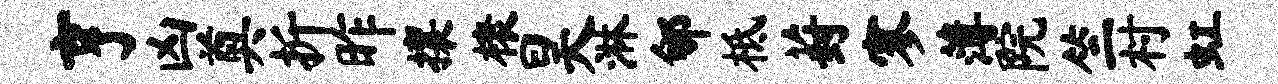
亨凶奠折昨攘榱昊淋郇柢葑寥薄院竺村虹